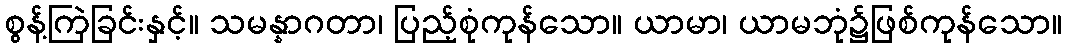
စွန့်ကြဲခြင်းနှင့်။ သမန္နာဂတာ၊ ပြည့်စုံကုန်သော။ ယာမာ၊ ယာမဘုံ၌ဖြစ်ကုန်သော။